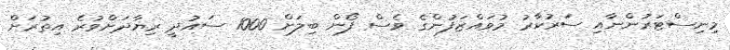
މިނިސްޓަރުންނާއި ސަރުކާރު މުވައްޒަފުންގެ ވެސް ފޯން ބިލަށް 1000 ސައުދީ ރިޔާދަށްވުރެ އިތުރަށް